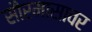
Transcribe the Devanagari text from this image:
सौरमासावर